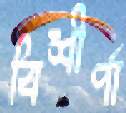
বিশীর্ণা